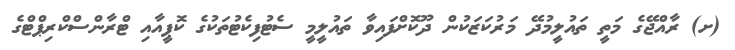
(ށ) ރާއްޖޭގެ މަތީ ތައުލީމުދޭ މަރުކަޒަކުން ދޫކޮށްފައިވާ ތައުލީމީ ސެޓުފިކެޓުތަކުގެ ކޮޕީއާއި ޓްރާންސްކްރިޕްޓްގެ